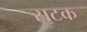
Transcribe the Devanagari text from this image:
सटक